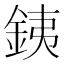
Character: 銕